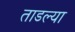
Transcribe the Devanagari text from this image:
ताडल्या